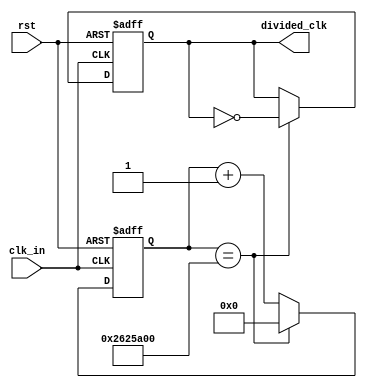
`timescale 1ns / 1ps
//////////////////////////////////////////////////////////////////////////////////
// Company: 
// Engineer: 
// 
// Design Name: 
// Module Name: clk_divider
// Project Name: 
// Target Devices: 
// Tool Versions: 
// Description: 
// 
// Dependencies: 
// 
// Revision:
// Revision 0.01 - File Created
// Additional Comments:
// 
//////////////////////////////////////////////////////////////////////////////////

module clk_divider(
	input clk_in,
	input rst,
	output reg divided_clk
);

parameter toggle_value = 26'b10011000100101101000000000;

reg[25:0] cnt;

always@(posedge clk_in or posedge rst)
begin
	if (rst==1) begin
		cnt <= 0;
		divided_clk <= 0;
	end
	else begin
		if (cnt==toggle_value) begin
			cnt <= 0;
			divided_clk <= ~divided_clk;
		end
		else begin
			cnt <= cnt +1;
			divided_clk <= divided_clk;		
		end
	end
end

endmodule